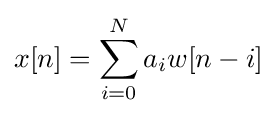
x[n]=\sum _{i=0}^{N}a_{i}w[n-i]